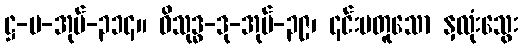
ဋ္ဌ-ပ-အုပ်-၃၁၄။ ဝိသုဒ္ဓ-ဒု-အုပ်-၃၉၊ ၎င်းမတူသော နှလုံးသွေး